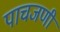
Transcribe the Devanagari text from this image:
पाचजणी